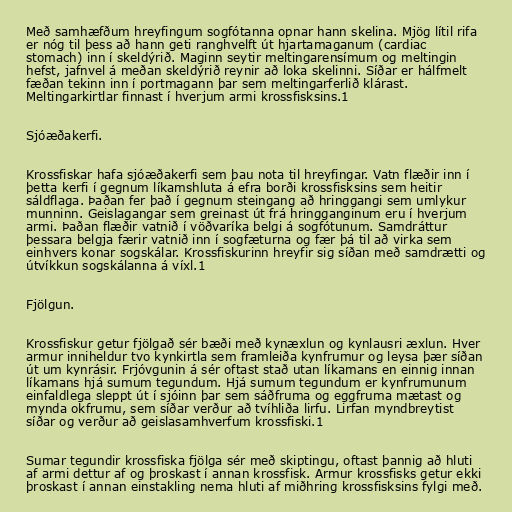
Með samhæfðum hreyfingum sogfótanna opnar hann skelina. Mjög lítil rifa
er nóg til þess að hann geti ranghvelft út hjartamaganum (cardiac
stomach) inn í skeldýrið. Maginn seytir meltingarensímum og meltingin
hefst, jafnvel á meðan skeldýrið reynir að loka skelinni. Síðar er hálfmelt
fæðan tekinn inn í portmagann þar sem meltingarferlið klárast.
Meltingarkirtlar finnast í hverjum armi krossfisksins.1

Sjóæðakerfi.

Krossfiskar hafa sjóæðakerfi sem þau nota til hreyfingar. Vatn flæðir inn í
þetta kerfi í gegnum líkamshluta á efra borði krossfisksins sem heitir
sáldflaga. Þaðan fer það í gegnum steingang að hringgangi sem umlykur
munninn. Geislagangar sem greinast út frá hringganginum eru í hverjum
armi. Þaðan flæðir vatnið í vöðvaríka belgi á sogfótunum. Samdráttur
þessara belgja færir vatnið inn í sogfæturna og fær þá til að virka sem
einhvers konar sogskálar. Krossfiskurinn hreyfir sig síðan með samdrætti og
útvíkkun sogskálanna á víxl.1

Fjölgun.

Krossfiskur getur fjölgað sér bæði með kynæxlun og kynlausri æxlun. Hver
armur inniheldur tvo kynkirtla sem framleiða kynfrumur og leysa þær síðan
út um kynrásir. Frjóvgunin á sér oftast stað utan líkamans en einnig innan
líkamans hjá sumum tegundum. Hjá sumum tegundum er kynfrumunum
einfaldlega sleppt út í sjóinn þar sem sáðfruma og eggfruma mætast og
mynda okfrumu, sem síðar verður að tvíhliða lirfu. Lirfan myndbreytist
síðar og verður að geislasamhverfum krossfiski.1

Sumar tegundir krossfiska fjölga sér með skiptingu, oftast þannig að hluti
af armi dettur af og þroskast í annan krossfisk. Armur krossfisks getur ekki
þroskast í annan einstakling nema hluti af miðhring krossfisksins fylgi með.